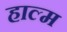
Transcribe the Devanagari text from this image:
हाल्म